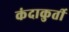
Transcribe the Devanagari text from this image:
कंदाकुर्ती